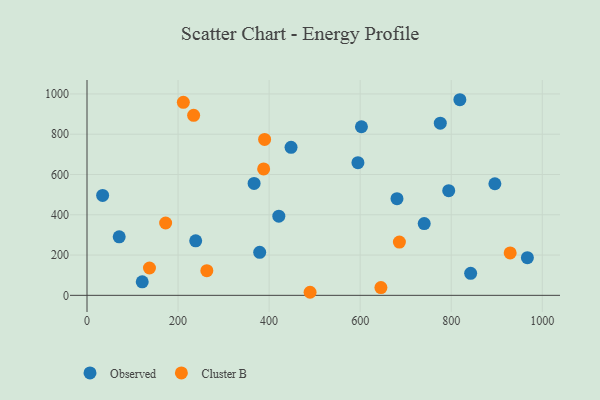
{"axis": {"x": "Investment", "y": "Fuel Efficiency"}, "legend": ["Cluster B", "Observed"], "data": [{"x": "842.7", "y": 109.3, "type": "Observed"}, {"x": "680.9", "y": 480.2, "type": "Observed"}, {"x": "448.2", "y": 734.7, "type": "Observed"}, {"x": "776.0", "y": 855.1, "type": "Observed"}, {"x": "70.7", "y": 290.3, "type": "Observed"}, {"x": "121.3", "y": 67.3, "type": "Observed"}, {"x": "421.3", "y": 392.9, "type": "Observed"}, {"x": "794.5", "y": 519.8, "type": "Observed"}, {"x": "967.3", "y": 187.0, "type": "Observed"}, {"x": "238.7", "y": 270.9, "type": "Observed"}, {"x": "602.8", "y": 837.2, "type": "Observed"}, {"x": "895.9", "y": 554.0, "type": "Observed"}, {"x": "34.3", "y": 496.0, "type": "Observed"}, {"x": "379.3", "y": 213.7, "type": "Observed"}, {"x": "367.0", "y": 555.8, "type": "Observed"}, {"x": "819.0", "y": 971.3, "type": "Observed"}, {"x": "595.1", "y": 658.8, "type": "Observed"}, {"x": "740.7", "y": 356.2, "type": "Observed"}, {"x": "234.2", "y": 893.8, "type": "Cluster B"}, {"x": "137.2", "y": 135.8, "type": "Cluster B"}, {"x": "263.2", "y": 122.7, "type": "Cluster B"}, {"x": "390.1", "y": 774.1, "type": "Cluster B"}, {"x": "490.0", "y": 15.2, "type": "Cluster B"}, {"x": "686.2", "y": 264.5, "type": "Cluster B"}, {"x": "929.5", "y": 210.4, "type": "Cluster B"}, {"x": "211.6", "y": 958.3, "type": "Cluster B"}, {"x": "172.7", "y": 359.1, "type": "Cluster B"}, {"x": "388.0", "y": 627.9, "type": "Cluster B"}, {"x": "645.6", "y": 38.5, "type": "Cluster B"}]}